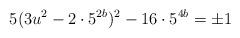
LaTeX: \begin{align*}5(3u^2 - 2\cdot 5^{2b})^2 - 16\cdot 5^{4b}=\pm 1\end{align*}